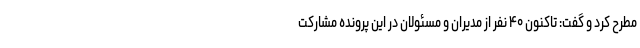
مطرح کرد و گفت: تاکنون ۴۰ نفر از مدیران و مسئولان در این پرونده مشارکت